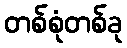
တစ်စုံတစ်ခု